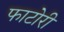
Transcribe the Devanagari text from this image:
फाटोरी